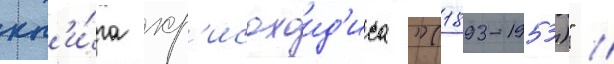
кн'и́га хр'исохоид'иса "(1893-1953)" //